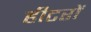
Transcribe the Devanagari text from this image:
हीटरों